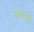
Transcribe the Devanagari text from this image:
संभालतीं